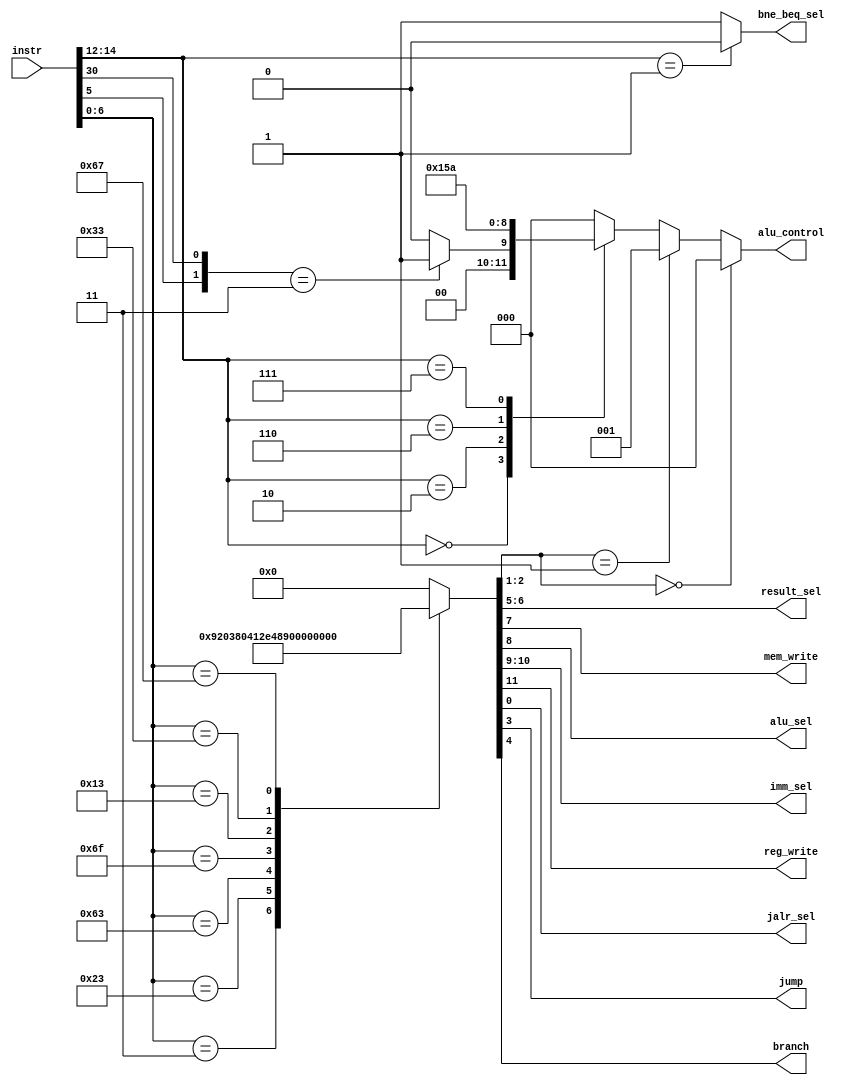
module control_unit (instr,result_sel,mem_write,alu_sel,imm_sel,reg_write,alu_control,jalr_sel,bne_beq_sel,jump,branch);

localparam lw 	  = 7'b0000011;
localparam sw 	  = 7'b0100011;
localparam R_type = 7'b0110011;
localparam I_type = 7'b0010011;
localparam jal    = 7'b1101111;
localparam beq    = 7'b1100011;
localparam jalr   = 7'b1100111;

input [31:0] instr;

output reg_write,alu_sel,mem_write,jalr_sel,branch,jump;
output reg bne_beq_sel;
output reg [2:0] alu_control;
output [1:0] result_sel,imm_sel;

wire [6:0] op_code = instr [6:0];
wire [2:0] func3 = instr [14:12];
wire func7_5 = instr [30];
wire [1:0] alu_operation;
reg [11:0] op;
assign reg_write = op [11];
assign imm_sel = op [10:9];
assign alu_sel = op [8];
assign mem_write = op [7];
assign result_sel = op [6:5];
assign branch = op [4];
assign jump = op [3];
assign alu_operation = op [2:1];
assign jalr_sel = op [0];

always@(op_code)   //main decoder
begin
	case (op_code)
//				 reg_write  imm_sel  alu_sel   mem_write  result_sel   branch   jump   alu_operation   jalr_sel
	lw: op = 	 {1'b1,     2'b00,    1'b1,     1'b0,      2'b01,      1'b0,   1'b0,      2'b00,		1'b0};
	sw: op = 	 {1'b0,     2'b01,    1'b1,     1'b1,      2'b00,      1'b0,   1'b0,      2'b00,	    1'b0};
	beq: op =    {1'b0,     2'b10,    1'b0,     1'b0,      2'b00,      1'b1,   1'b0,      2'b01,		1'b0};
	jal: op = 	 {1'b1,     2'b11,    1'b0,     1'b0,      2'b10,      1'b0,   1'b1,      2'b00,		1'b0};
	I_type: op = {1'b1,     2'b00,    1'b1,     1'b0,      2'b00,      1'b0,   1'b0,      2'b10,		1'b0};
	R_type: op = {1'b1,     2'b00,    1'b0,     1'b0,      2'b00,      1'b0,   1'b0,      2'b10,		1'b0};
	jalr: op =   {1'b1,     2'b00,    1'b1,     1'b0,      2'b10,      1'b0,   1'b1,      2'b00,		1'b1};
	default : op = 0;
	endcase
end

always@(*)   //alu decoder
begin
	if (func3 == 3'b001)
		bne_beq_sel = 1'b0;
	else 
		bne_beq_sel = 1'b1;
	//alu_control = alu_control;
	if (alu_operation == 2'b0)
		alu_control = 3'b000;   //add //lw,sw
	else if (alu_operation == 2'b01)
		alu_control = 3'b001;   //sub  //beq
	else     //alu_operation = 2'b10     //R_type
	begin
		case (func3)
		3'b000: 
			begin 
				if ({op_code[5],func7_5} == 2'b11)
					alu_control = 3'b001;     ///sub
				else
					alu_control = 3'b000;     ///add
			end
		3'b010: alu_control = 3'b101;       //set less than ///slt
		3'b110: alu_control = 3'b011;       ///or
		3'b111: alu_control = 3'b010;       ///and
		default : 	alu_control = 3'b000;
		endcase
	end
end
endmodule